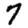
Digit: 7